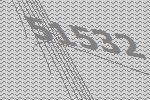
51532